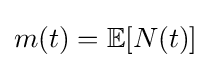
m(t)=\mathbb {E} [N(t)]